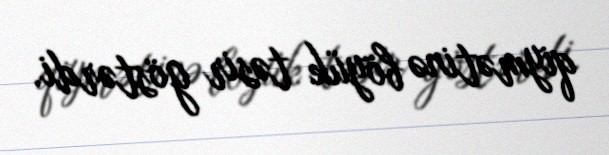
qiymətinə böyük təsir göstərdi.